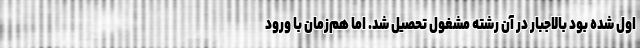
اول شده بود بالاجبار در آن رشته مشغول تحصیل شد. اما هم‌زمان با ورود